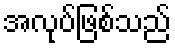
အလုပ်ဖြစ်သည်